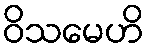
ဝိသမေဟိ